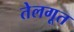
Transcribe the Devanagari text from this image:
तेलगूत